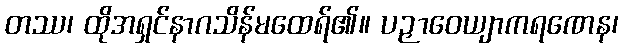
တဿ၊ ထိုအရှင်နာဂသိန်မထေရ်၏။ ပဉှာဝေယျာကရဏေန၊